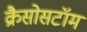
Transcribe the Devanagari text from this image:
क्रैसोसटॉम